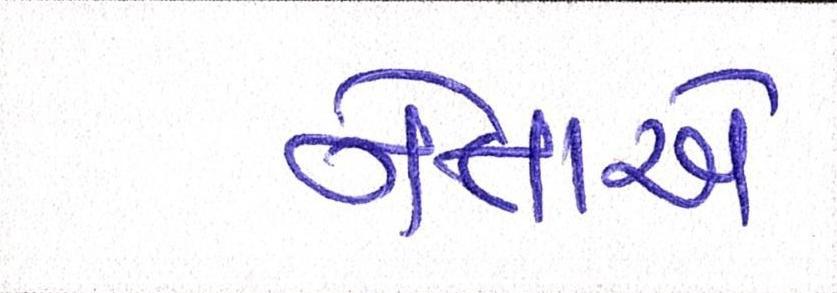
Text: નેતાએ